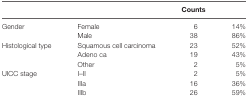
<table><thead><tr><td></td><td></td><td><b>Counts</b></td><td></td></tr></thead><tbody><tr><td>Gender</td><td>Female</td><td>6</td><td>14%</td></tr><tr><td></td><td>Male</td><td>38</td><td>86%</td></tr><tr><td>Histological type</td><td>Squamous cell carcinoma</td><td>23</td><td>52%</td></tr><tr><td></td><td>Adeno ca</td><td>19</td><td>43%</td></tr><tr><td></td><td>Other</td><td>2</td><td>5%</td></tr><tr><td>UICC stage</td><td>I–II</td><td>2</td><td>5%</td></tr><tr><td></td><td>IIIa</td><td>16</td><td>36%</td></tr><tr><td></td><td>IIIb</td><td>26</td><td>59%</td></tr></tbody></table>